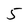
Character: 5